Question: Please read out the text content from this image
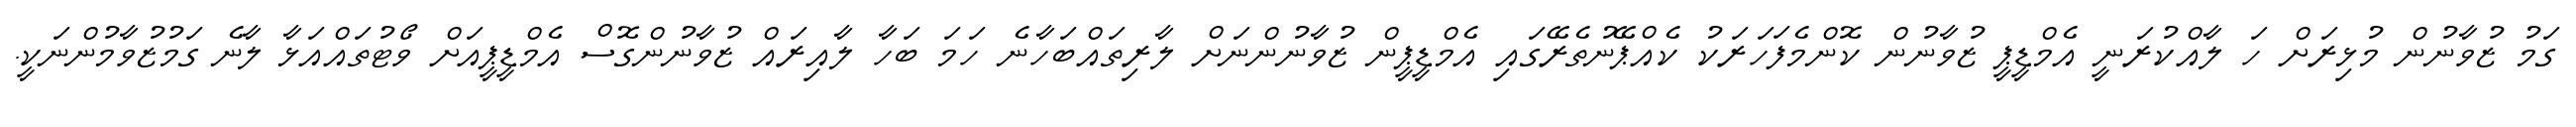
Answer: ގަމު ޒުވާނުން މުޅިރަށް ހަ ލާއްކުރަނީ އެމްޑީޕީ ޒުވާނުން ކޮންމެފަހަރަކު ކެއްޕޭނުތެރޭގައި އެމްޑީޕީން ޒުވާނުންނަށް ލާރިތައްބަހާނެ ހަމަ ބަހާ ލާއިރައް ޒުވާނުންގޮސް އެމްޑީޕީއަށް ވޯޓުތައްއަޅާ ލާނެ ގަމުޒުވާމުންނަކީ.